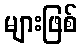
များဖြစ်